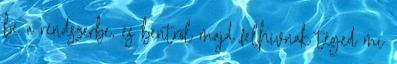
be a rendszerbe, és bentről majd felhívnak téged mi